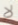
لا